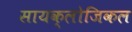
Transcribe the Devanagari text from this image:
सायक्लोजिकल